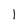
Character: 1